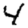
Digit: 4